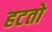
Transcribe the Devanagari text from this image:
हटतो